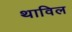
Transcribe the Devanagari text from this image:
थाविल